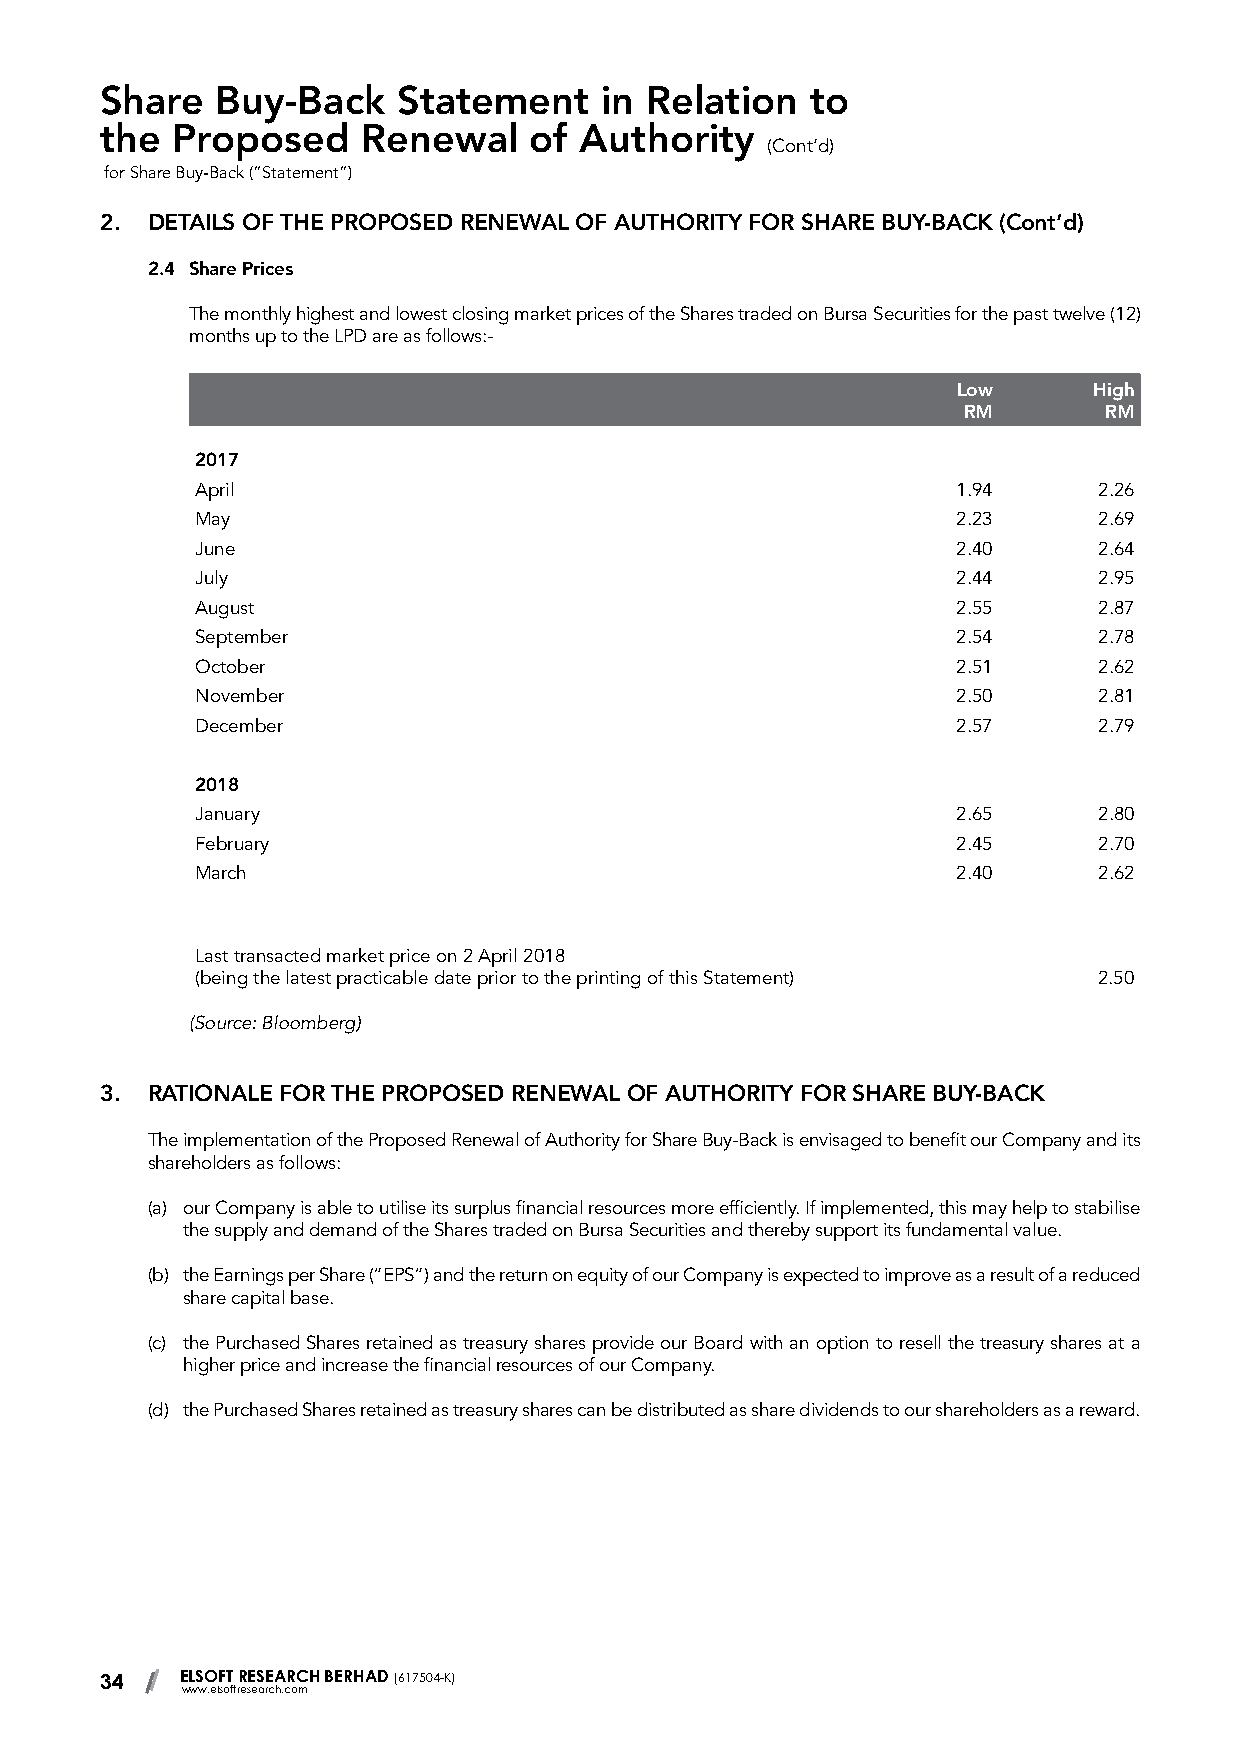
Share  Buy-Back    Statement     in Relation   to
 the Proposed     Renewal    of Authority
 (Cont’d)
 for Share Buy-Back (“Statement”)
 2. DETAILS OF THE PROPOSED RENEWAL OF AUTHORITY FOR SHARE BUY-BACK (Cont’d)
 2.4 Share Prices
 The monthly highest and lowest closing market prices of the Shares traded on Bursa Securities for the past twelve (12)
 months up to the LPD are as follows:-
 Low      High
 RM       RM
 2017
 April                                             1.94      2.26
 May                                               2.23      2.69
 June                                              2.40      2.64
 July                                              2.44      2.95
 August                                            2.55      2.87
 September                                         2.54      2.78
 October                                           2.51      2.62
 November                                          2.50      2.81
 December                                          2.57      2.79
 2018
 January                                           2.65      2.80
 February                                          2.45      2.70
 March                                             2.40      2.62
 Last transacted market price on 2 April 2018
 (being the latest practicable date prior to the printing of this Statement) 2.50
 (Source: Bloomberg)
 3. RATIONALE FOR THE PROPOSED RENEWAL OF AUTHORITY FOR SHARE BUY-BACK
 The implementation of the Proposed Renewal of Authority for Share Buy-Back is envisaged to benefit our Company and its
 shareholders as follows:
 (a) our Company is able to utilise its surplus financial resources more efficiently. If implemented, this may help to stabilise
 the supply and demand of the Shares traded on Bursa Securities and thereby support its fundamental value.
 (b) the Earnings per Share (“EPS”) and the return on equity of our Company is expected to improve as a result of a reduced
 share capital base.
 (c) the Purchased Shares retained as treasury shares provide our Board with an option to resell the treasury shares at a
 higher price and increase the financial resources of our Company.
 (d) the Purchased Shares retained as treasury shares can be distributed as share dividends to our shareholders as a reward.
 34   ELSOFT RESEARCH BERHAD (617504-K)
 www.elsoftresearch.com